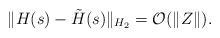
LaTeX: \begin{align*}\| H(s)-\tilde{H} ( s ) \|_{H_{2}} = \mathcal{O}(\| Z \|).\end{align*}